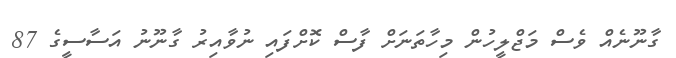
ގާނޫނެއް ވެސް މަޖްލީހުން މިހާތަނަށް ފާސް ކޮށްފައި ނުވާއިރު ގާނޫނު އަސާސީގެ 87